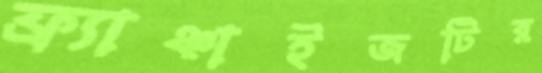
ফ্র্যাঞ্চাইজটির